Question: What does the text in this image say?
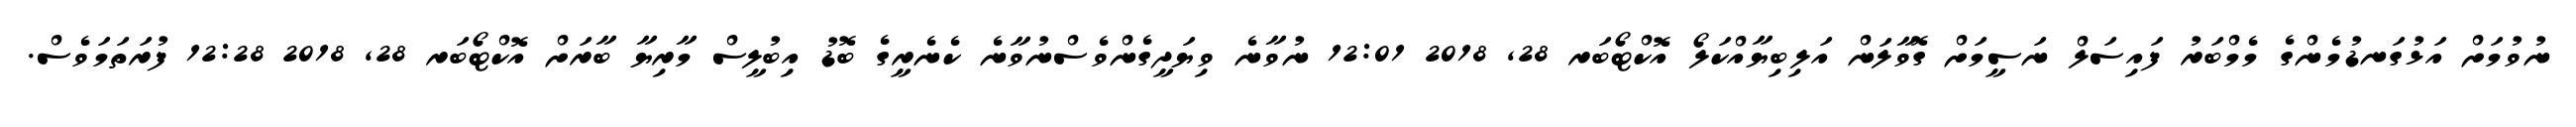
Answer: ނުވުމަށް އަޅުގަނޑުމެންގެ މެމްބަރު ފައިސަލް ނަސީމަށް ގޮވާލަން އަލިބިޔާއްކަލޯ އޮކްޓޯބަރ 28, 2018 12:01 ނުވާނެ ވިޔަދީގެންވެސްނުވާނެ ކެނެރީގެ ބޮޑު އިބުލީސް މާރިޔާ ބާރަށް އޮކްޓޯބަރ 28, 2018 12:28 ފުރަތަމަވެސް.